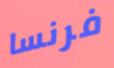
فرنسا